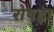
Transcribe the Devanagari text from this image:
रोषड़ा